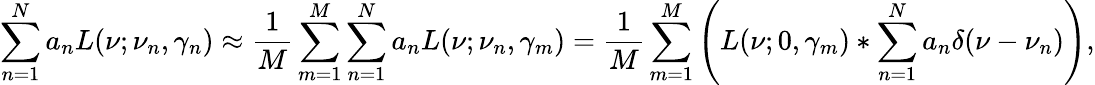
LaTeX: \sum_{n=1}^{N}a_{n}L(\nu;\nu_{n},\gamma_{n})\approx\frac{1}{M}\sum_{m=1}^{M}\sum_{n=1}^{N}a_{n}L(\nu;\nu_{n},\gamma_{m})=\frac{1}{M}\sum_{m=1}^{M}\left(L(\nu;0,\gamma_{m})\ast\sum_{n=1}^{N}a_{n}\delta(\nu-\nu_{n})\right),